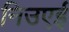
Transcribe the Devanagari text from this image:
निउएई